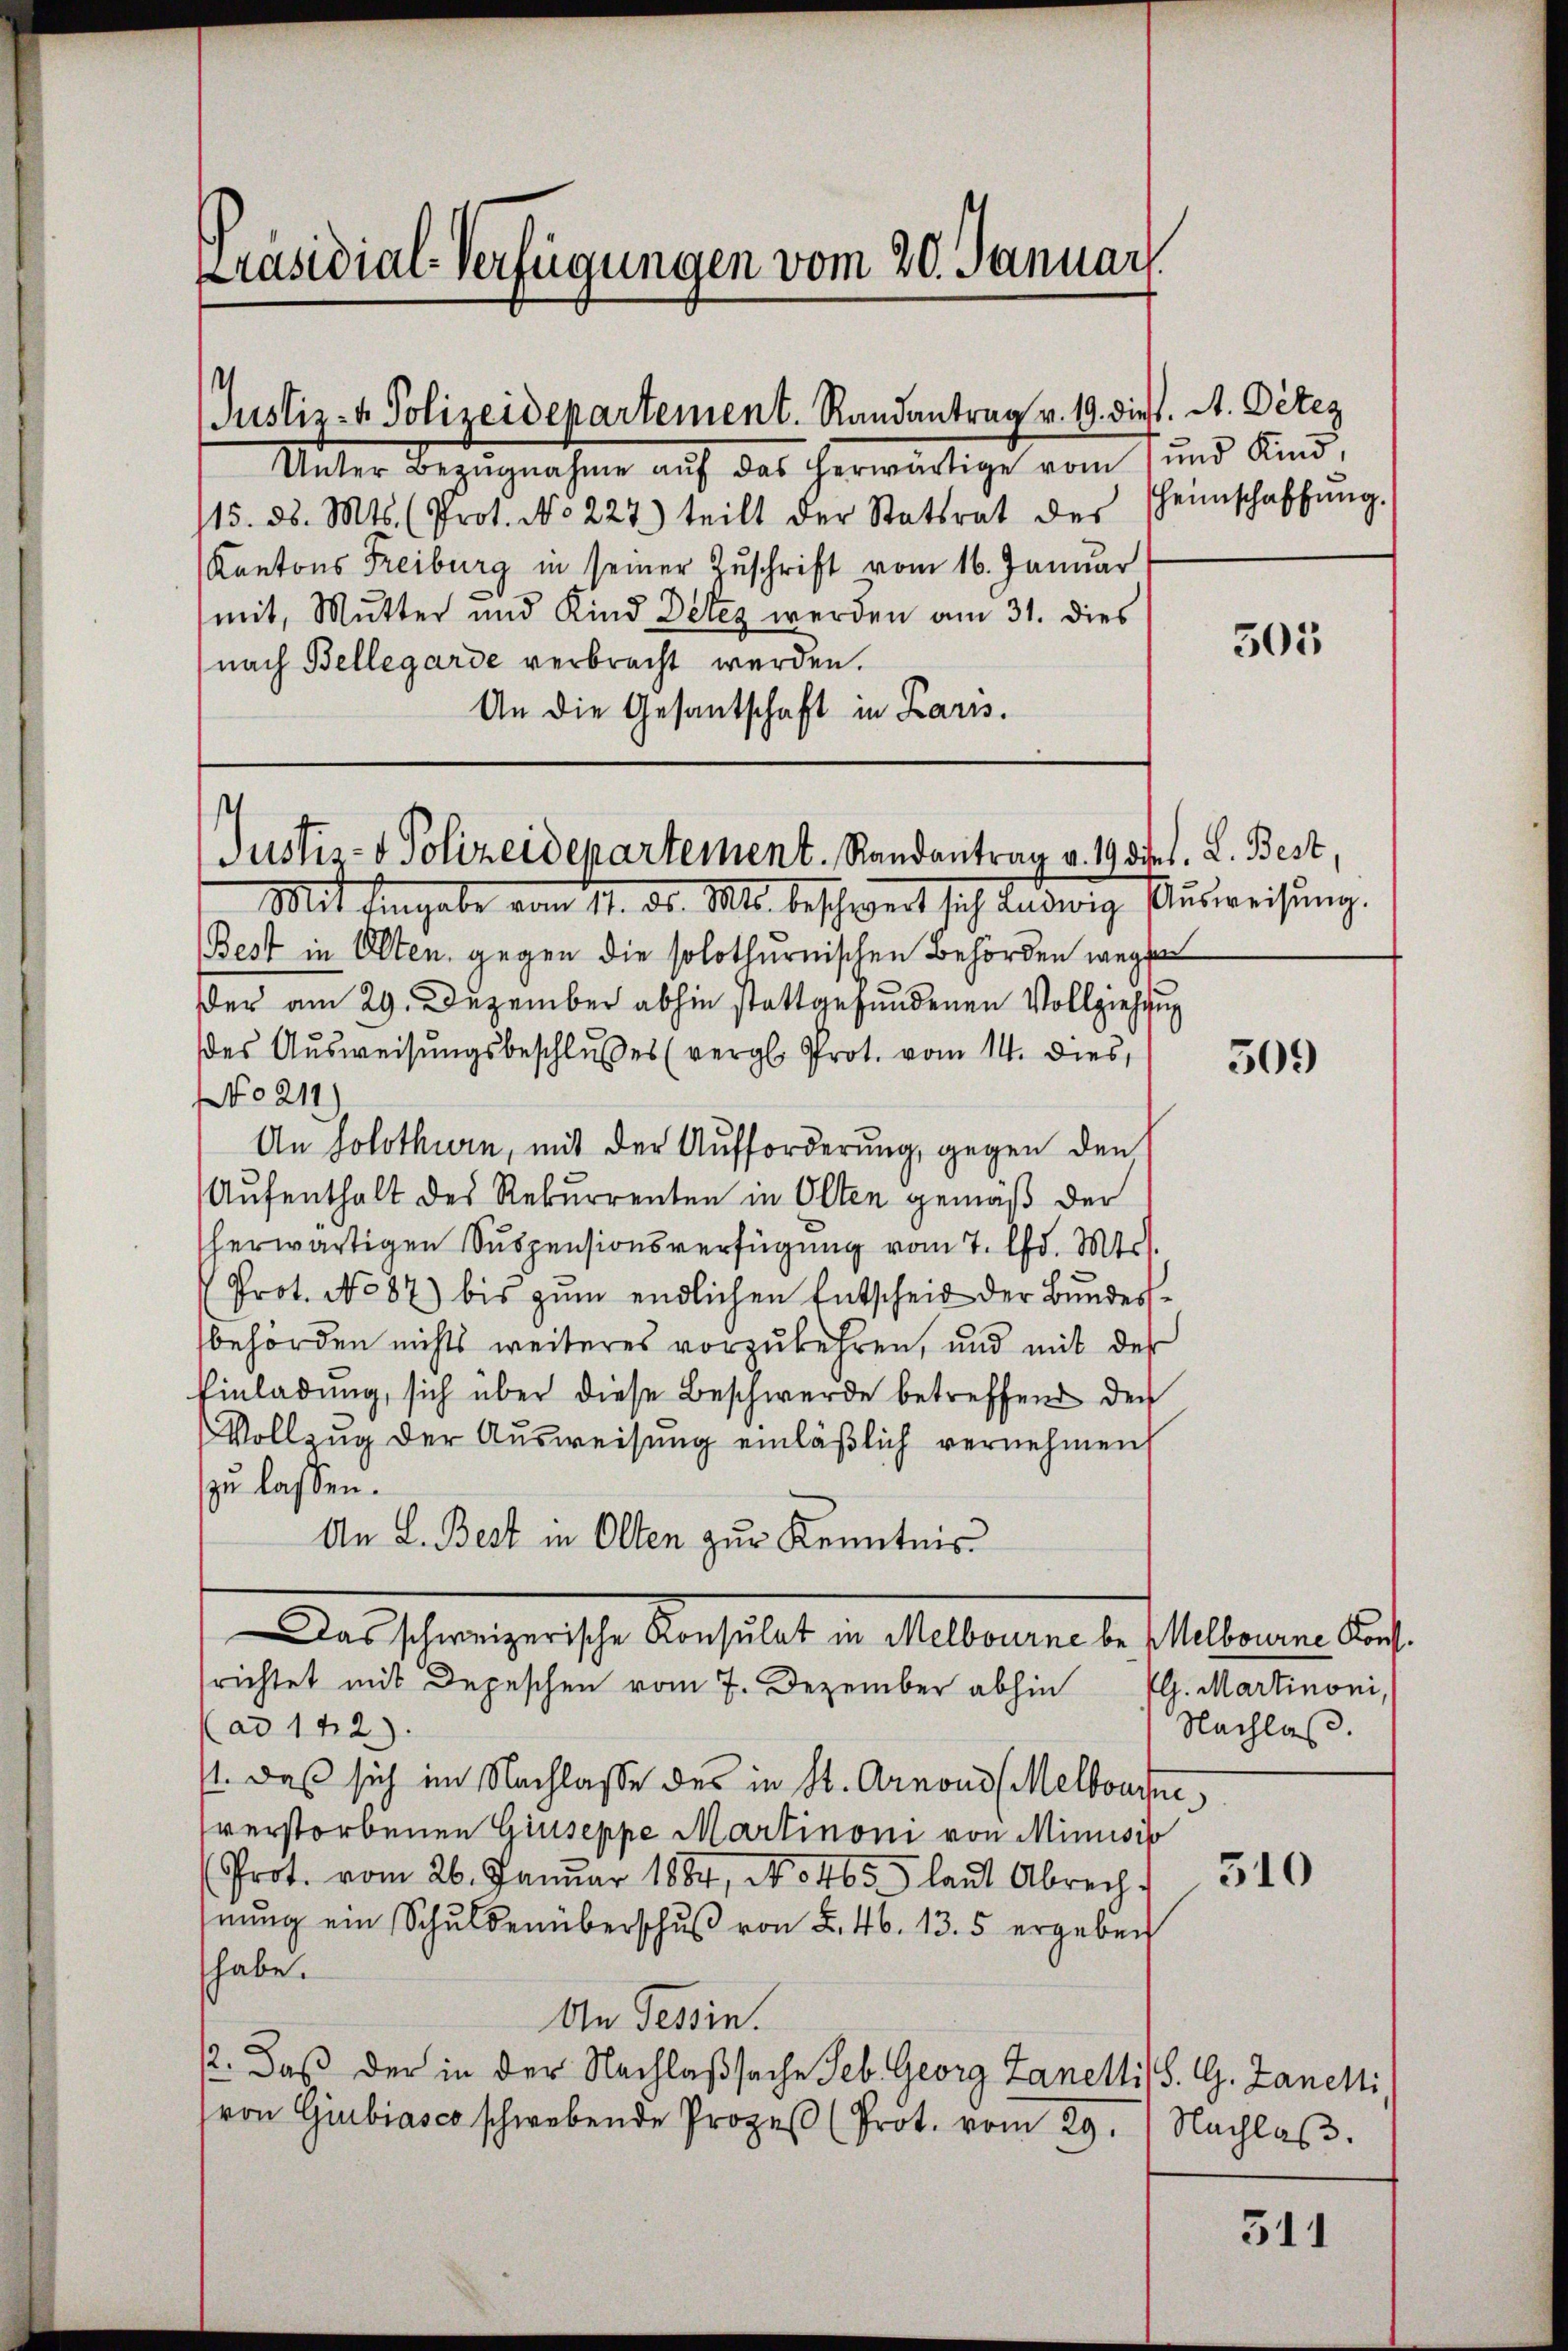
Präsidial-Verfügungen vom 20. Januar.

Unter Bezŭgnahme aŭf das herwärtige vom 1 und Kind,
115. d. Mts. (Prot. N. 227) teilt der Statsrat des
Kantons Freiburg in seiner Zuschrift vom 16. Januar
mit, Mutter und Kind Deter werden am 31. dies
nach Bellegarde verbracht werden.
An die Gesantschaft in Kars.

Justiz- & Polizeidepartement. Randantrag v. 19. dieß. A. Detez

Justiz- & Polizeidepartement. Randantrag v. 190 rl. L. Best,

Mit Eingabe vom 11. ds. Mts. beschwert sich Ludwig Aŭsweisŭng.
Best in Olten, gegen die solothurnischen Behörden wege
der am 29. Dezember abhin stattgefundenen Vollziehung
des Ausweisungsbeschlußes (vergl. Prot. vom 14. dies,
No 211
An Solothurn, mit der Aufforderung, gegen den
Aufenthalt des Rekurrenten in Olten gemäß der
herwärtigen Suspensionsverfügung vom 7. d. Mts.
Prot. No 87) bis zum endlichen Entscheid der Bundesbehörden nichts weiteres vorzukehren, und mit des
Einladung, sich über diese Beschwerde betreffend den
Vollzug der Ausweisung einläßlich vernehmen,
zu lassen.
An L. Best in Olten zur Kenntnis
Das schweizerische Konsulat in Melbourne be Melbourne Kons.
richtet mit Depeschen vom 7. Dezember abhin
(ad 142).
. daß sich im Nachlasse des in St. Arnons (Melbouche
verstorbenen Giuseppe Martinoni von Minisis
(Prot. vom 26. Januar 1884, No 4655 laŭt Abrechnŭng ein Schuldenüberschŭβ von L. 46. 13. 5 ergeben
habe.
An Tessin.
2. Daß der in der Nachlaßsache Seb. Georg Zanellis S. G. Zanen
von Giubiasca schwebende Prozeβ (Prot. vom 29. Nachlaβ.

heimschaffung.

305

509

Plh. Martinoni,
Nachlaß.

310

511